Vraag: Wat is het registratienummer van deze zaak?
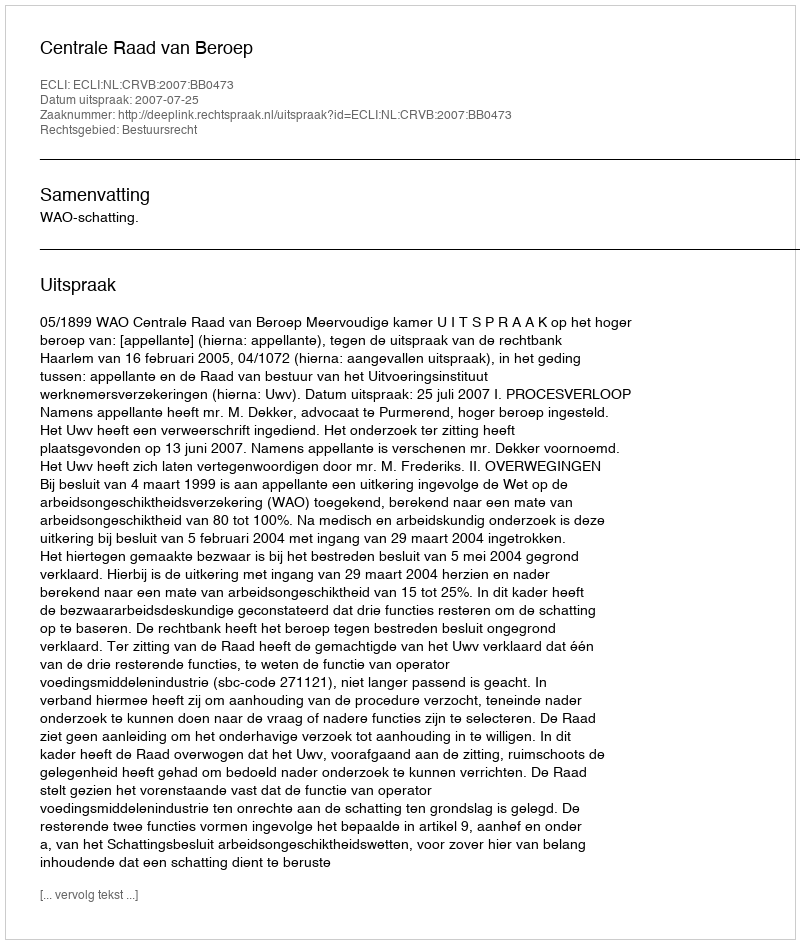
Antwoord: http://deeplink.rechtspraak.nl/uitspraak?id=ECLI:NL:CRVB:2007:BB0473